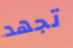
تجهد